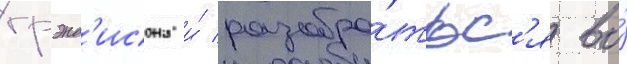
грэнд'исона и́ разобра́тьс'я во́